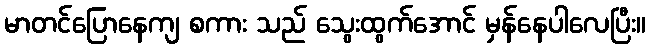
မာတင်ပြောနေကျ စကား သည် သွေးထွက်အောင် မှန်နေပါလေပြီး။